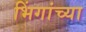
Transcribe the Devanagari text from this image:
भिंगांच्या